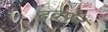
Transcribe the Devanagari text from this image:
द्रवपुंज